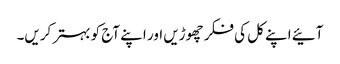
آئیے اپنے کل کی فکر چھوڑیں اور اپنے آج کو بہتر کریں۔